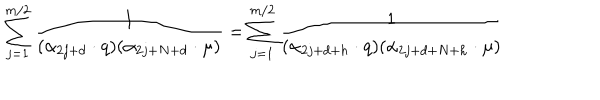
LaTeX: \sum _ { j = 1 } ^ { m / 2 } { \frac { 1 } { ( \alpha _ { 2 j + d } \cdot q ) ( \alpha _ { 2 j + N + d } \cdot \mu ) } } = \sum _ { j = 1 } ^ { m / 2 } { \frac { 1 } { ( \alpha _ { 2 j + d + h } \cdot q ) ( \alpha _ { 2 j + d + N + h } \cdot \mu ) } }